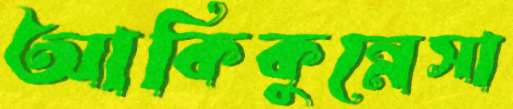
আকিকুন্নেসা